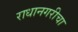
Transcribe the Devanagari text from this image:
राधानगरीचा